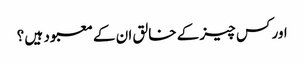
اور کس چیز کے خالق ان کے معبود ہیں ؟